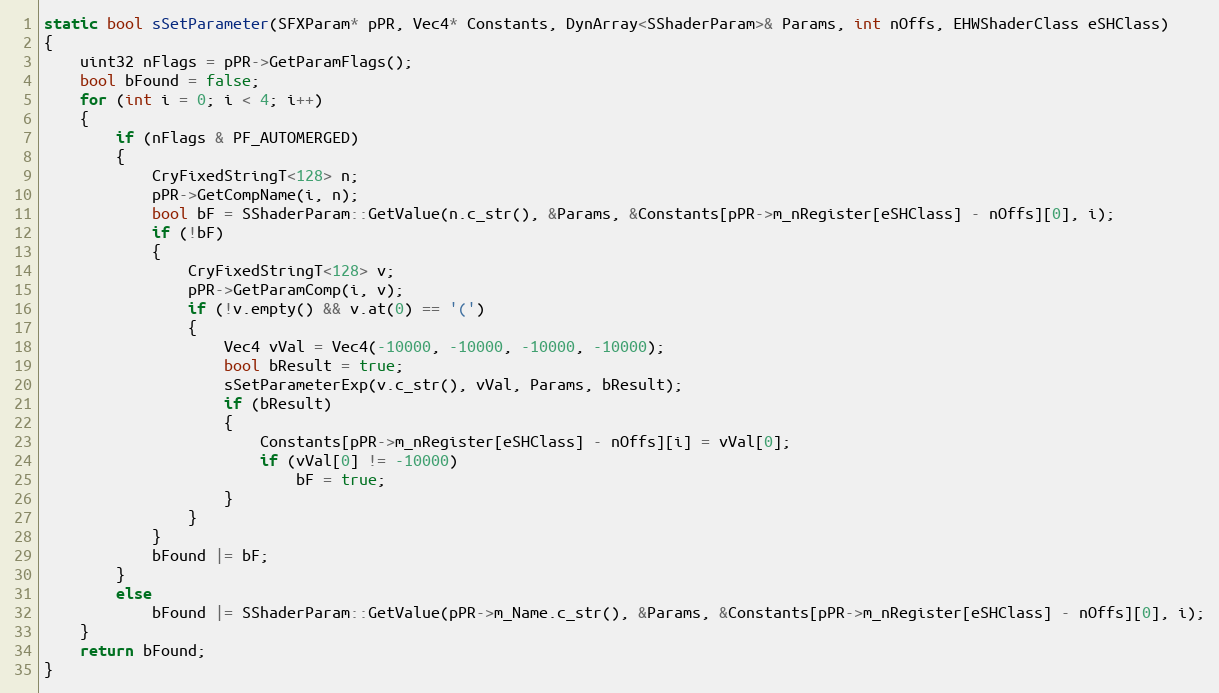
Language: C++
static bool sSetParameter(SFXParam* pPR, Vec4* Constants, DynArray<SShaderParam>& Params, int nOffs, EHWShaderClass eSHClass)
{
	uint32 nFlags = pPR->GetParamFlags();
	bool bFound = false;
	for (int i = 0; i < 4; i++)
	{
		if (nFlags & PF_AUTOMERGED)
		{
			CryFixedStringT<128> n;
			pPR->GetCompName(i, n);
			bool bF = SShaderParam::GetValue(n.c_str(), &Params, &Constants[pPR->m_nRegister[eSHClass] - nOffs][0], i);
			if (!bF)
			{
				CryFixedStringT<128> v;
				pPR->GetParamComp(i, v);
				if (!v.empty() && v.at(0) == '(')
				{
					Vec4 vVal = Vec4(-10000, -10000, -10000, -10000);
					bool bResult = true;
					sSetParameterExp(v.c_str(), vVal, Params, bResult);
					if (bResult)
					{
						Constants[pPR->m_nRegister[eSHClass] - nOffs][i] = vVal[0];
						if (vVal[0] != -10000)
							bF = true;
					}
				}
			}
			bFound |= bF;
		}
		else
			bFound |= SShaderParam::GetValue(pPR->m_Name.c_str(), &Params, &Constants[pPR->m_nRegister[eSHClass] - nOffs][0], i);
	}
	return bFound;
}